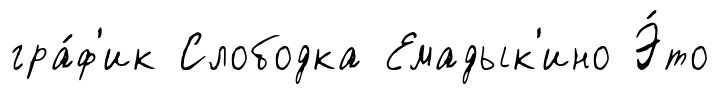
гра́ф'ик Слободка Емадык'ино Э́то